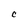
Character: C